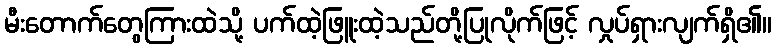
မီးတောက်တွေကြားထဲသို့ ပက်ထဲ့ဖြူးထဲ့သည်တို့ပြုလိုက်ဖြင့် လှုပ်ရှားလျက်ရှိ၏။